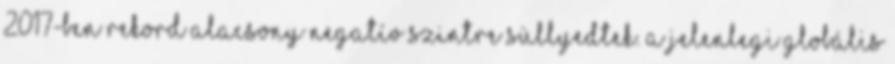
2017-ben rekord alacsony negatív szintre süllyedtek. A jelenlegi globális